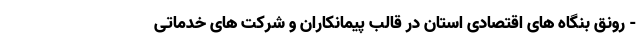
- رونق بنگاه های اقتصادی استان در قالب پیمانکاران و شرکت های خدماتی